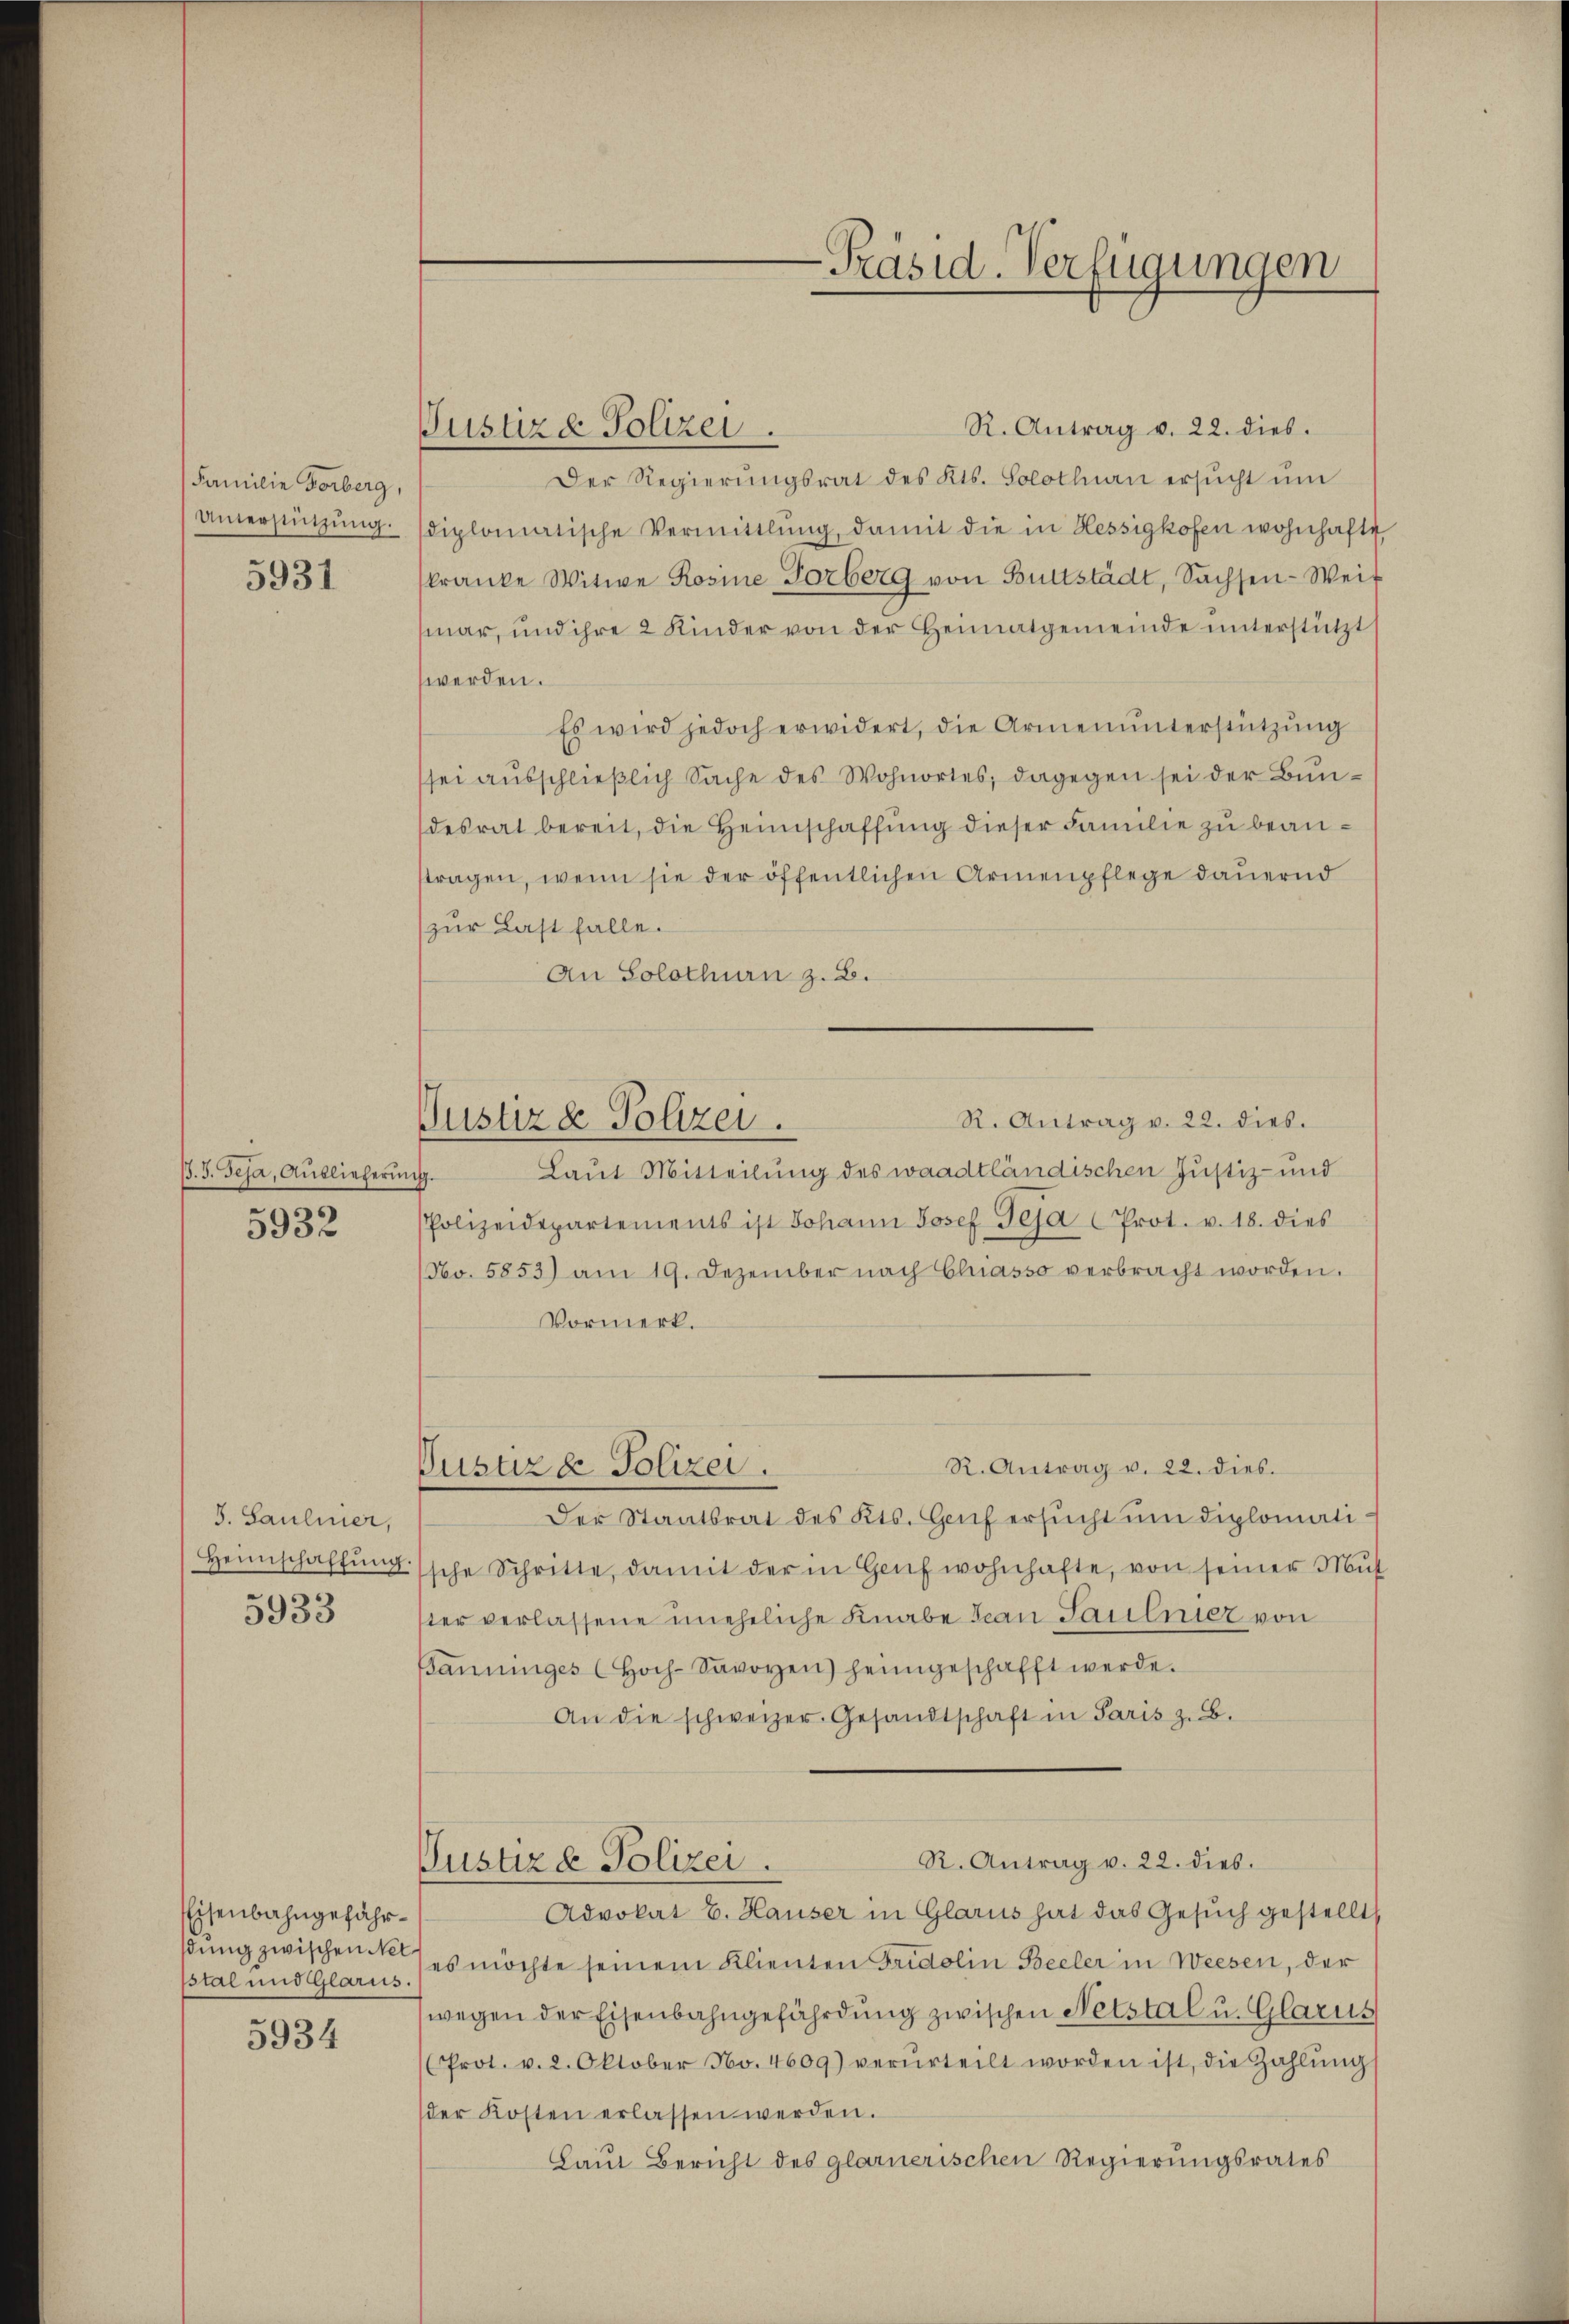
Familie Vorberg,
Unerstützung.

5931

B. 5. Feja, Auslieferun

5932

S. Saulinier,
Heimschaffung
5933

Eisenbahngefährsung zwischen Net
stal und Glarus

5934

Justiz & Polizei.

Justiz & Polizei.

-Präsid. Verfügungen

R. Antrag v. 22. dies.
Der Regierŭngsrat des Kts. Solothurn ersŭcht ŭm
diplomatische Vermittlung, damit die in Hessigkofen wohnhafte,
kranke Witwe Rosine Vorberg von Bultstädt, Sachsen-Weit
mar, und ihre 2 Kinder von der Heimatgemeinde unterstützt
werden.
Es wird jedoch erwidert, die Armenunterstützŭng
sei ausschließlich Sache des Wohnortes; dagegen sei der Bundesrat bereit, die Heimschaffung dieser Familie zu beanstragen, wenn sie der öffentlichen Armenpflege dauernd
zur Last falle.
An Solothurn z. B.
R. Antrag v. 22. dies.
Laut Mitteilung des waadtländischen Justiz- und
e
Polizeidepartements ist Johann Josef Peja (Prot. v. 18. dies
(No. 5853) am 19. Dezember nach Chiasso verbracht worden.
Vormerk.
R. Antrag v. 22. dies.
Justiz & Polizei.
Der Staatsrat des Kts. Genf ersŭcht ŭm diplomatische Schritte, damit der in Genf wohnhafte, von seiner Mut
ster verlassene uneheliche Knabe Jean Paulnicz von
Banninges (Hoch-Savoyen) heimgeschafft werde.
An die schweizer. Gesandtschaft in Paris z. B.
R. Antrag v. 22. dies
Justiz & Polizei.
Advokat E. Hauser in Glarus hat das Gesŭch gestellt,
es möchte seinem Klienten Fridolin Beeler in Weesen, der
wegen der Eisenbahngefährdung zwischen Netstal u. Glarus
(Prot. v. 2. Oktober No. 4609) verurteilt worden ist, die Zahlŭng
der Kosten erlassen werden.
Laut Bericht des glarnerischen Regierungsrates